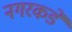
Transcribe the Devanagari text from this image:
नगरकडे